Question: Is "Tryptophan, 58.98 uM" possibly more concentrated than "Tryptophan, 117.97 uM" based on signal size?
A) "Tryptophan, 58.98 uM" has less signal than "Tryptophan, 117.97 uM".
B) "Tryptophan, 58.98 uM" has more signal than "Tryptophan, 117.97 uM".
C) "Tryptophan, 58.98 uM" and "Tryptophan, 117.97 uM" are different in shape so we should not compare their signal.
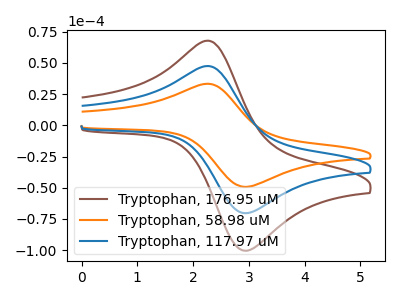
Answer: <think>The brown curve "Tryptophan, 176.95 uM" has an anodic peak at (2.25V, 95.00uA) and a cathodic peak at (3.00V, -140.55uA). The orange curve "Tryptophan, 58.98 uM" has an anodic peak at (2.25V, 33.25uA) and a cathodic peak at (3.00V, -49.25uA). The blue curve "Tryptophan, 117.97 uM" has an anodic peak at (2.25V, 47.50uA) and a cathodic peak at (3.00V, -70.30uA).
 All the peaks in "Tryptophan, 58.98 uM" have a peak in "Tryptophan, 117.97 uM" at the same potential. Every peak in "Tryptophan, 58.98 uM" is lower than every peak in "Tryptophan, 117.97 uM".</think>
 <answer>A) "Tryptophan, 58.98 uM" has less signal than "Tryptophan, 117.97 uM".</answer>
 <eval>A</eval>